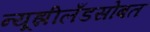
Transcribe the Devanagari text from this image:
न्यूझीलँडसोबत